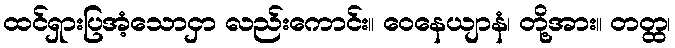
ထင်ရှားပြအံ့သောငှာ လည်းကောင်း။ ဝေနေယျာနံ၊ တို့အား။ တတ္ထ၊